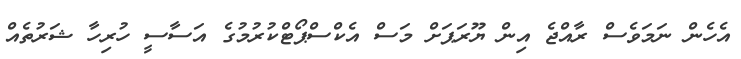
އެހެން ނަމަވެސް ރާއްޖެ އިން ޔޫރަޕަށް މަސް އެކްސްޕޯޓްކުރުމުގެ އަސާސީ ހުރިހާ ޝަރުތެއް